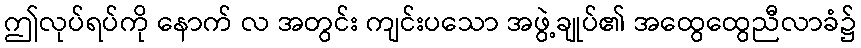
ဤလုပ်ရပ်ကို နောက် လ အတွင်း ကျင်းပသော အဖွဲ့ချုပ်၏ အထွေထွေညီလာခံ၌